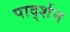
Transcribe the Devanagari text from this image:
पार्द्शन